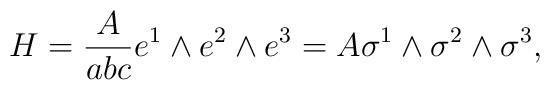
H=\frac A{abc}e^1\wedge e^2\wedge e^3=A\sigma ^1\wedge \sigma ^2\wedge\sigma ^3,